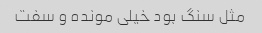
مثل سنگ بود خیلی مونده و سفت